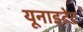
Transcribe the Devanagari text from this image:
यूनाइटेट